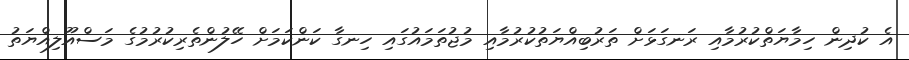
އެ ކުދިން ހިމާޔަތްކުރުމާއި ރަނގަޅަށް ތަރުބިއްޔަތުކުރުމާއި މުޖުތަމައުގައި ހިނގާ ކަންކަމަށް ހޭލުންތެރިކުރުމުގެ މަސްއޫލިއްޔަތު